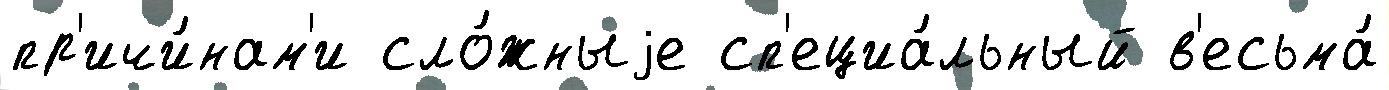
пр'ичи́нам'и сло́жныjе сп'ециа́льный в'есьма́